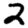
Digit: 2